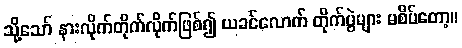
သို့သော် နားလိုက်တိုက်လိုက်ဖြစ်၍ ယခင်လောက် တိုက်ပွဲများ မစိပ်တော့။